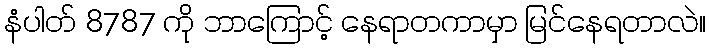
နံပါတ် 8787 ကို ဘာကြောင့် နေရာတကာမှာ မြင်နေရတာလဲ။